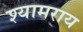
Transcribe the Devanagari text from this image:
श्यामराय